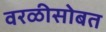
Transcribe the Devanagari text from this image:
वरळीसोबत